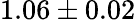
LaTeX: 1.06\pm 0.02